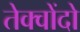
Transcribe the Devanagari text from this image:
तेक्वोंदो